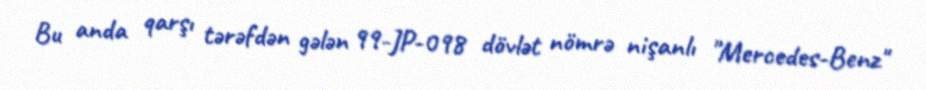
Bu anda qarşı tərəfdən gələn 99-JP-098 dövlət nömrə nişanlı "Mercedes-Benz"